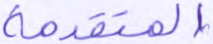
المتقدمة